Scottish Leaving Certificate Examination, 1959
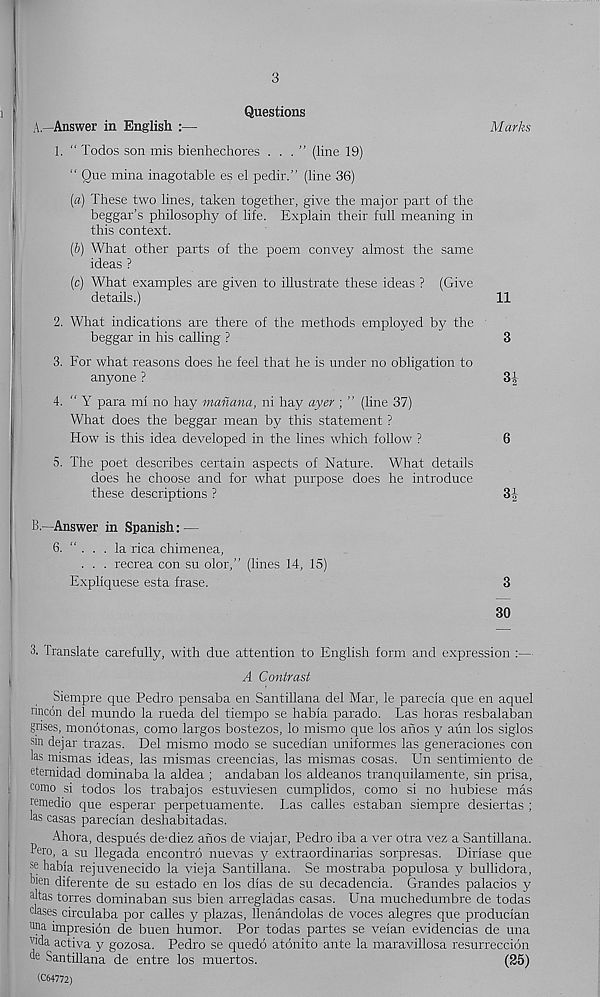
3
Questions
A.—Answer in English :—
Marks
1. “ Todos son mis bienhechores ...” (line 19)
“ Que mina inagotable es el pedir.” (line 36)
[а) These two lines, taken together, give the major part of the
beggar’s philosophy of life. Explain their full meaning in
this context.
(б) What other parts of the poem convey almost the same
ideas ?
(c) What examples are given to illustrate these ideas ? (Give
details.)
11
2. What indications are there of the methods emploj^ed by the
beggar in his calling ?
3
3. For what reasons does he feel that he is under no obligation to
anyone ?
3|
4. " Y para mi no hay manana, ni hay ayer ; ” (line 37)
What does the beggar mean by this statement ?
How is this idea developed in the lines which follow ?
6
5. The poet describes certain aspects of Nature. What details
does he choose and for what purpose does he introduce
these descriptions ?
3J
B.—Answer in Spanish: —
6. ". . . la rica chimenea,
. . . recrea con su olor,” (lines 14, 15)
Expliquese esta frase.
3
30
3. Translate carefully, with due attention to English form and expression :—
A Contrast
Siempre que Pedro pensaba en Santillana del Mar, le parecia que en aquel
nncon del mundo la rueda del tiempo se habia parado. Las horas resbalaban
gnses, monotonas, como largos bostezos, lo mismo que los afios y arm los siglos
sm dejar trazas. Del mismo modo se sucedian uniformes las generaciones con
hs mismas ideas, las mismas creencias, las mismas cosas. Un sentimiento de
dernidad dominaba la aldea ; andaban los aldeanos tranquilamente, sin prisa,
como si todos los trabajos estuviesen cumplidos, como si no hubiese mas
remedio que esperar perpetuamente. Las calles estaban siempre desiertas ;
las casas pareclan deshabitadas.
Ahora, despues de-diez anos de viajar, Pedro iba a ver otra vez a Santillana.
Poro, a su llegada encontro nuevas y extraordinarias sorpresas. Dirlase que
se habia rejuvenecido la vieja Santillana. Se mostraba populosa y bullidora,
wen diferente de su estado en los dias de su decadencia. Grandes palacios y
dtas torres dominaban sus bien arregladas casas. Una muchedumbre de todas
dases circulaba por calles y plazas, llenandolas de voces alegres que produclan
ana impresion de buen humor. Por todas partes se velan evidencias de una
'nda activa y gozosa. Pedro se quedo atdnito ante la maravillosa resurreccion
* Santillana de entre los muertos.
(25)
(C64772)